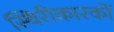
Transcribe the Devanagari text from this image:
स्थिरीकारकों